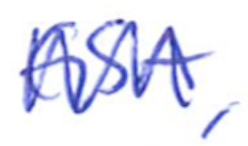
Text: GSA,
Cross-out: zig-zag
Writing tool: ballpoint